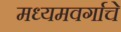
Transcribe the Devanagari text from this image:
मध्यमवर्गाचे